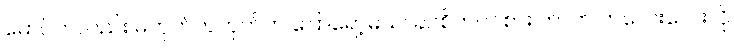
မောင်ကလည်း မဟုတ်ကဟုတ်က ပြောရော့မယ်၊ ခင်စိတ်ဝင်စား တာက ကလေးလေးလို